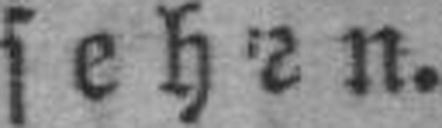
sehen.